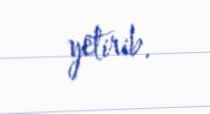
yetirib.